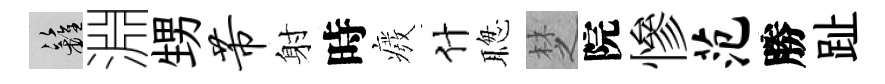
籬淵甥芾射時癈什聦椘院慘范勝趾